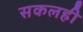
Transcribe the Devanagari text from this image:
सकलही